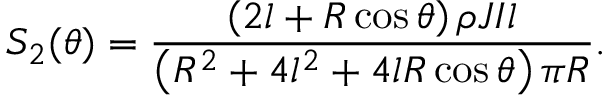
S _ { 2 } ( \theta ) = \frac { \left( 2 l + R \cos \theta \right) \rho J I l } { \left( R ^ { 2 } + 4 l ^ { 2 } + 4 l R \cos \theta \right) \pi R } .